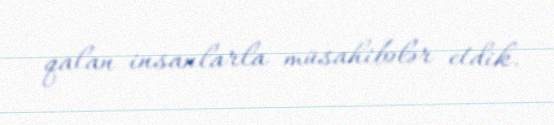
qalan insanlarla müsahibələr etdik.